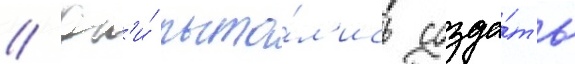
// Он'и́ пыта́л'ись созда́ть